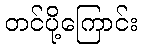
တင်ပို့ကြောင်း